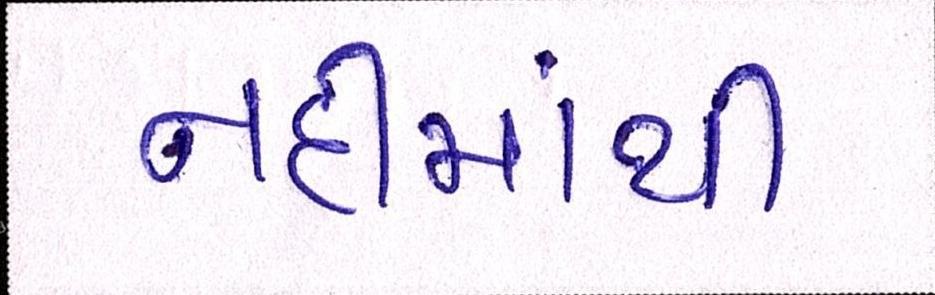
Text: નદીમાંથી